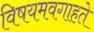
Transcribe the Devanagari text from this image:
विषयमवगाहते